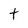
Character: t